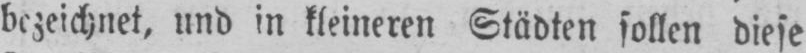
bezeichnet, und in kleineren Städten sollen diese